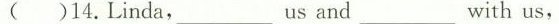
( )14.Linda,_us and_ with us,